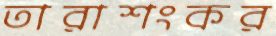
তারাশংকর